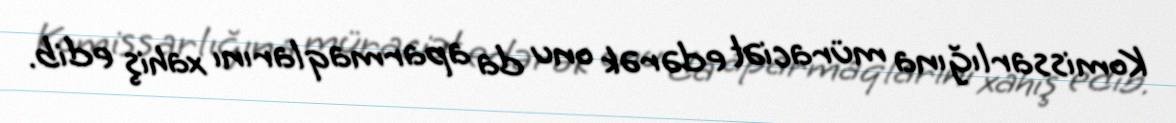
Komissarlığına müraciət edərək onu da aparmaqlarını xahiş edib.